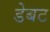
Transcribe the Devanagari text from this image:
डेबट